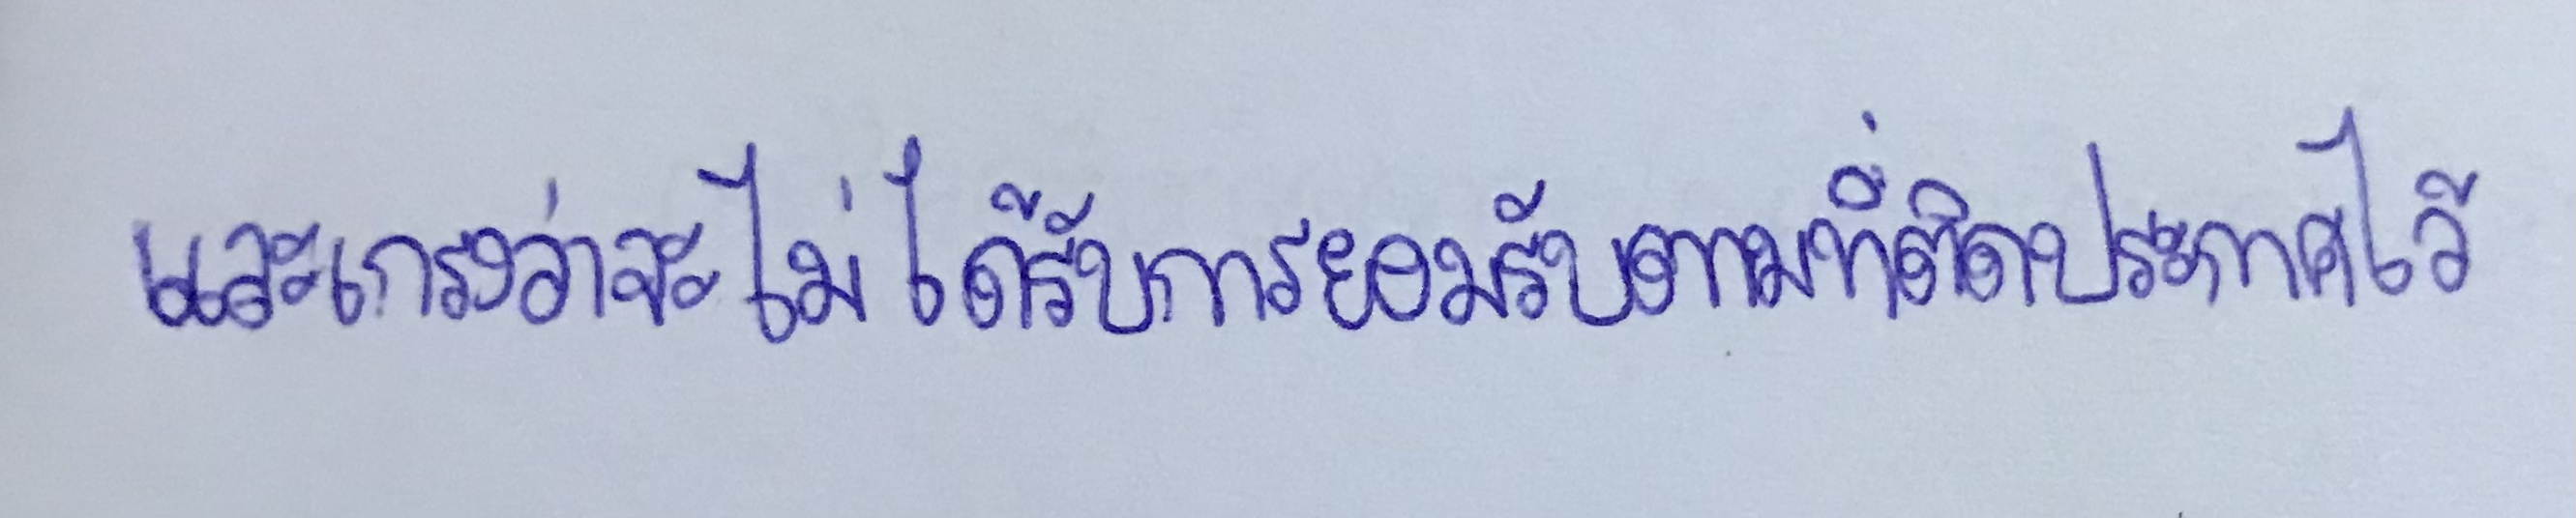
และเกรงว่าจะไม่ได้รับการยอมรับตามที่ติดประกาศไว้